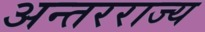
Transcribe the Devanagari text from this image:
अन्तरराज्य